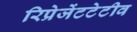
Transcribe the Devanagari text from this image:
रिप्रेजेंटटेटीव